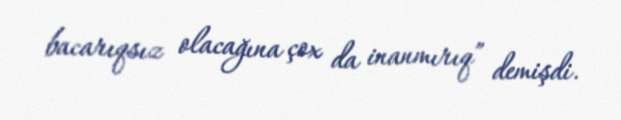
bacarıqsız olacağına çox da inanmırıq” demişdi.